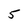
Character: 5